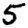
Digit: 5